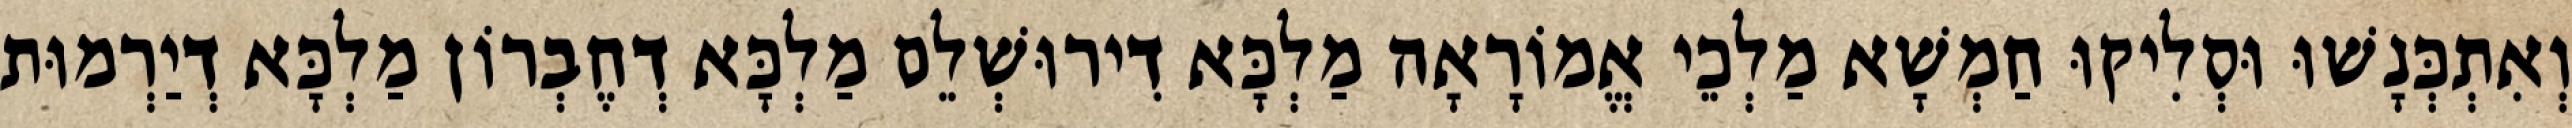
וְאִתְכְּנָשׁוּ וּסְלִיקוּ חַמְשָׁא מַלְכֵי אֱמוֹרָאָה מַלְכָּא דִירוּשְׁלֵם מַלְכָּא דְחֶבְרוֹן מַלְכָּא דְיַרְמוּת